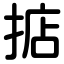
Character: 掂